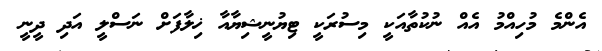
އެންމެ މުހިއްމު އެއް ނުކުތާއަކީ މިސުރަކީ ޓިޔުނީޝިޔާއާ ޚިލާފަށް ނަސްލީ އަދި ދީނީ